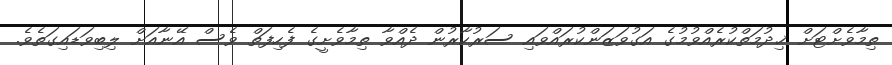
ތިމާވެށްޓަށް ޚިދުމަތްކުރެއްވުމުގެ އަގުވަޒަންކުރައްވައި ސަރުކާރުން ދެއްވާ ތިމާވެށީގެ ފެހިފަތް ވެސް އޭނާއަށް ލިބިވަޑައިގަތެވެ.